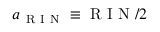
a _ { \mathrm { ~ R ~ I ~ N ~ } } \equiv \mathrm { ~ R ~ I ~ N ~ } / 2